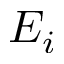
E _ { i }